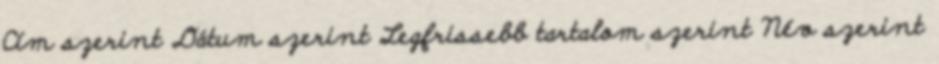
Cím szerint Dátum szerint Legfrissebb tartalom szerint Név szerint